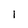
Character: 1